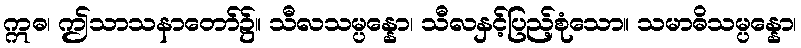
ဣဓ၊ ဤသာသနာတော်၌။ သီလသမ္ပန္နော၊ သီလနှင့်ပြည့်စုံသော။ သမာဓိသမ္ပန္နော၊